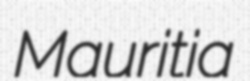
Mauritia